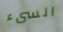
السىء